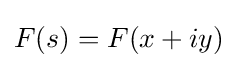
F(s)=F(x+iy)